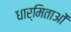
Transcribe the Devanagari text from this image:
धार्मिताओं